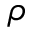
\rho